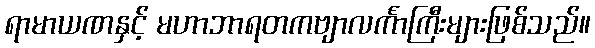
ရာမာယဏနှင့် မဟာဘာရတကဗျာလင်္ကာကြီးများဖြစ်သည်။